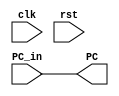
module ID_Stage(
    input clk, rst,
    input [31:0] PC_in,
    output [31:0] PC
);

    assign PC = PC_in;

endmodule